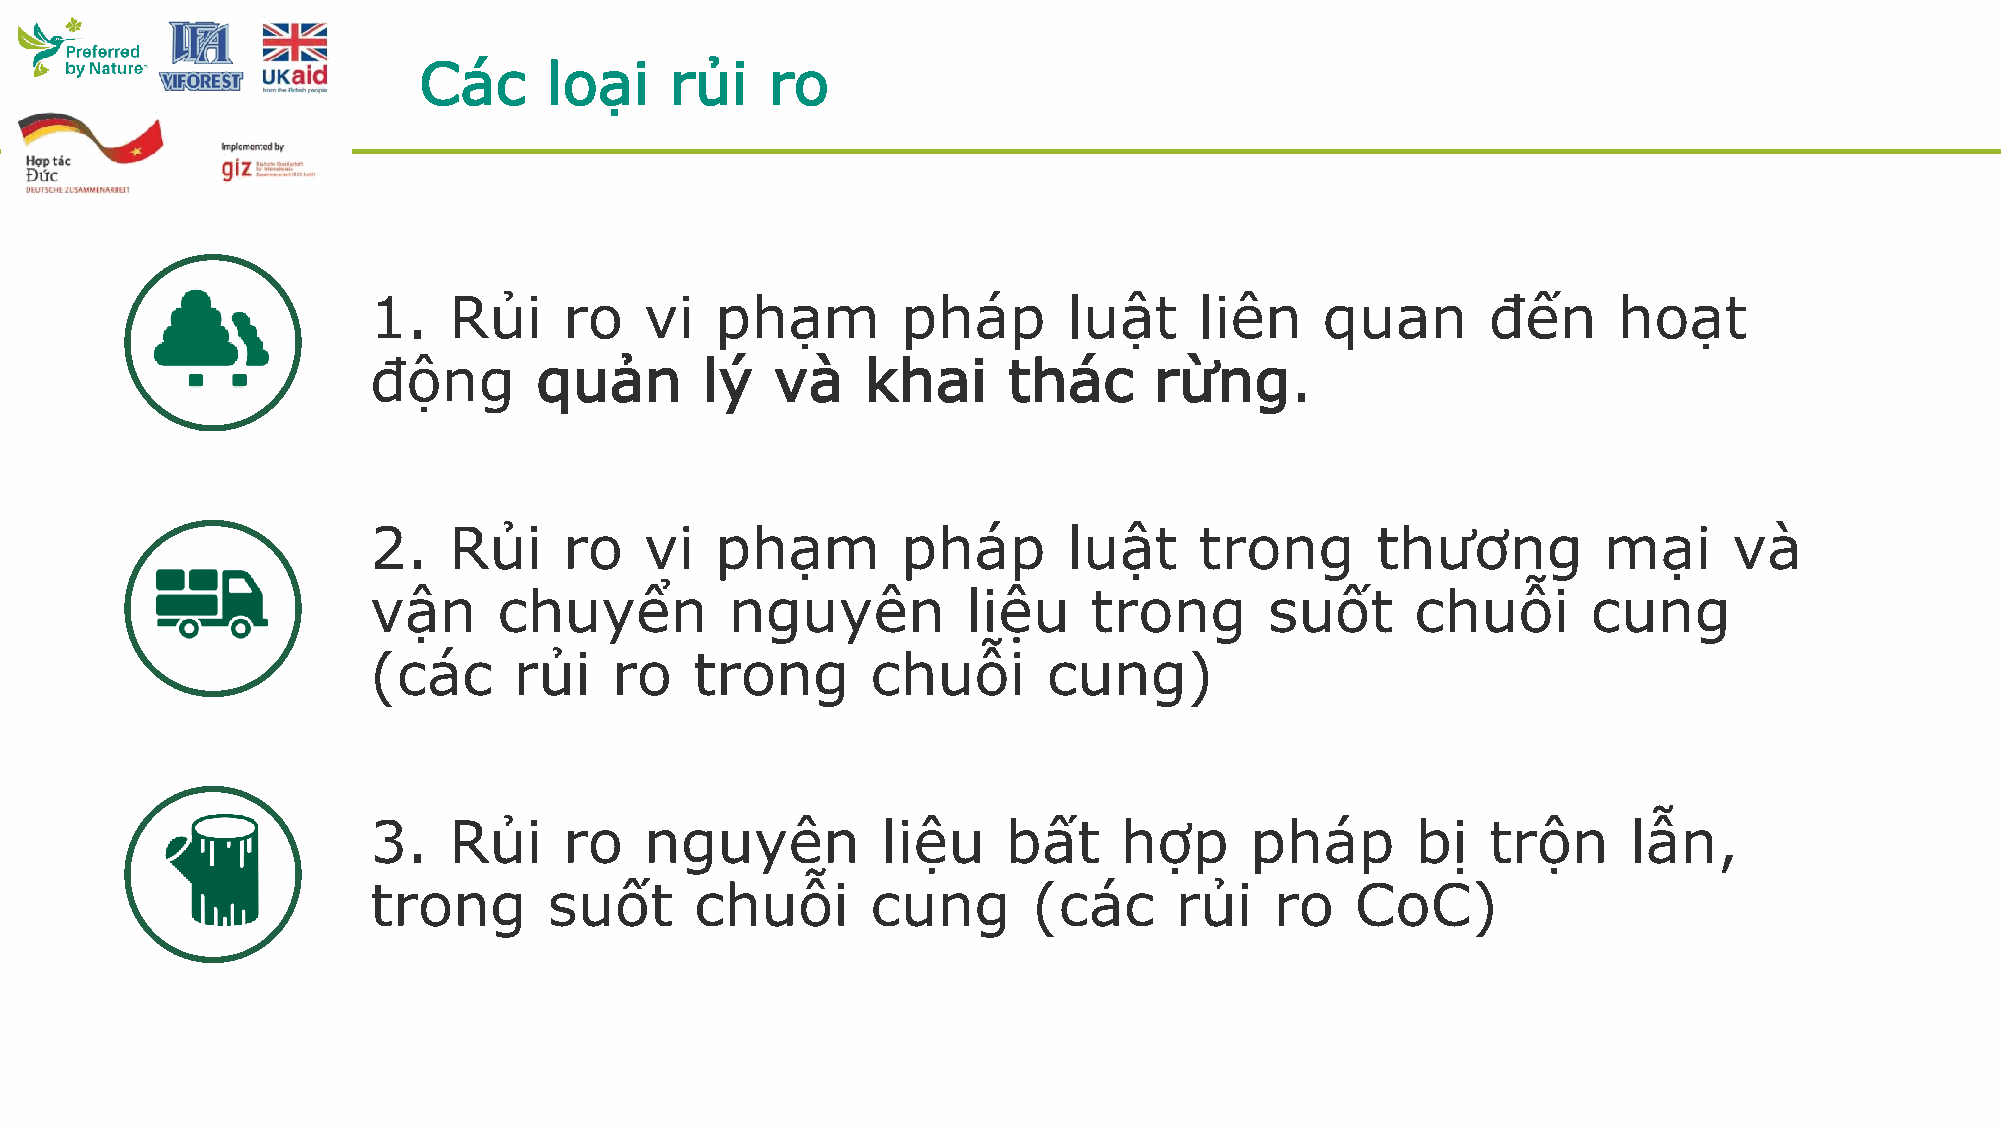
Các     loại    rủi    ro
 1.    Rủi    ro    vi  phạm         pháp       luật    liên     quan       đến     hoạt
 động       quản       lý   và    khai      thác     rừng.
 2.    Rủi    ro    vi  phạm         pháp       luật    trong       thương         mại      và
 vận      chuyển         nguyên          liệu    trong       suốt      chuỗi      cung
 (các      rủi   ro    trong       chuỗi      cung)
 3.    Rủi    ro    nguyên         liệu     bất    hợp      pháp       bị   trộn     lẫn,
 trong       suốt      chuỗi       cung      (các      rủi   ro    CoC)